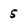
Character: 5